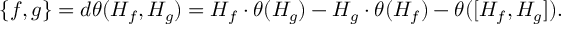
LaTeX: \{ f , g \} = d \theta ( H _ { f } , H _ { g } ) = H _ { f } \cdot \theta ( H _ { g } ) - H _ { g } \cdot \theta ( H _ { f } ) - \theta ( [ H _ { f } , H _ { g } ] ) .